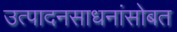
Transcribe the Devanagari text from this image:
उत्पादनसाधनांसोबत